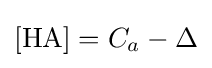
\mathrm {[HA]} =C_{a}-\Delta